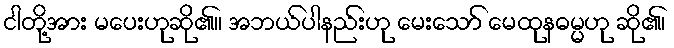
ငါတို့အား မပေးဟုဆို၏။ အဘယ်ပါနည်းဟု မေးသော် မေထုနဓမ္မဟု ဆို၏၊